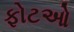
ફોટઓ